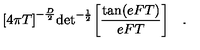
{ \lbrack 4 \pi T \rbrack } ^ { - { \frac { D } { 2 } } } \mathrm { d e t } ^ { - { \frac { 1 } { 2 } } } \biggl [ { \frac { \mathrm { t a n } ( e F T ) } { e F T } } \biggr ] \quad . \,